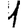
Digit: 1